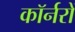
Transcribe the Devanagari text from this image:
कॉर्नरों